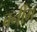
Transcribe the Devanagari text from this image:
बर्नींग